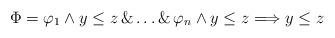
LaTeX: \begin{align*}\Phi = \varphi_1 \land y \leq z \, \& \dots \& \, \varphi_n \land y \leq z \Longrightarrow y \leq z\end{align*}